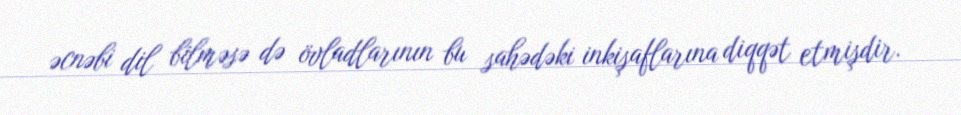
əcnəbi dil bilməsə də övladlarının bu sahədəki inkişaflarına diqqət etmişdir.